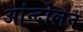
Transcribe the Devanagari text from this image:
आंन्दोलन